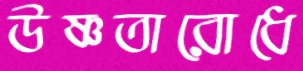
উষ্ণতারোধে